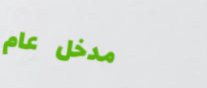
مدخل عام